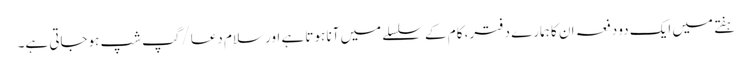
ہفتے میں ایک دو دفعہ ان کا ہمارے دفتر، کام کے سلسلے میں آنا ہوتا ہے اور سلام دعا/گپ شپ ہوجاتی ہے۔